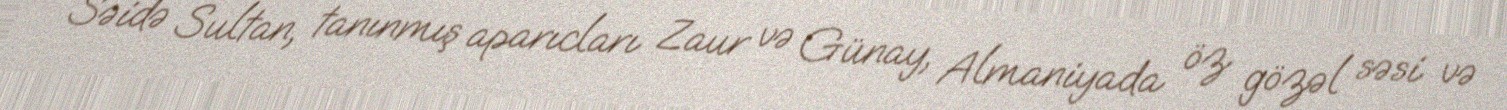
Səidə Sultan, tanınmış aparıcları Zaur və Günay, Almaniyada öz gözəl səsi və